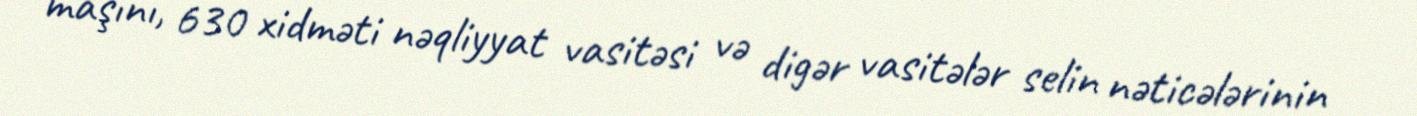
maşını, 630 xidməti nəqliyyat vasitəsi və digər vasitələr selin nəticələrinin